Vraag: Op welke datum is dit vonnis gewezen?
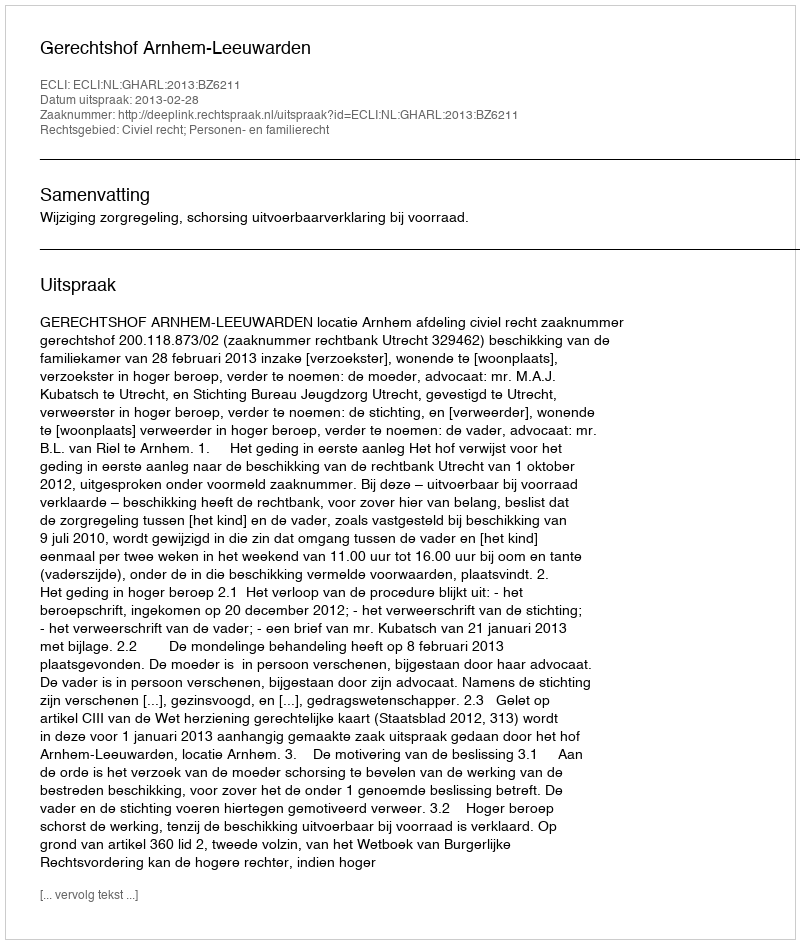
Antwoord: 2013-02-28